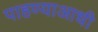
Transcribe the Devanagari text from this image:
पाहण्याआधी